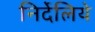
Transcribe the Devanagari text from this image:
निर्देलिये